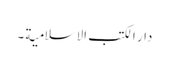
دار الکتب الاسلامیة ۔